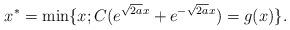
LaTeX: \begin{align*}x^* = \min\{x;C(e^{\sqrt{2a}x}+e^{-\sqrt{2a}x})=g(x)\}.\end{align*}